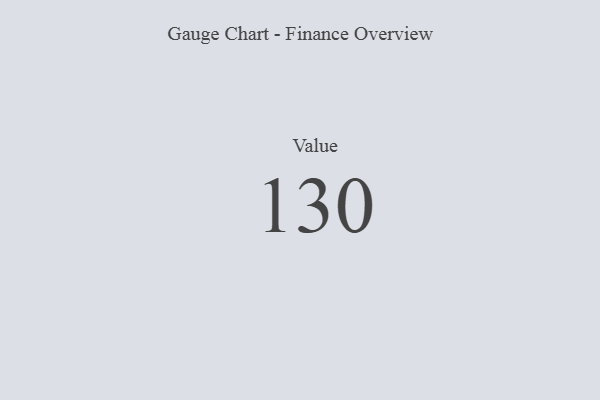
{"axis": {"x": "Metric", "y": "Value"}, "legend": [""], "data": [{"x": "Value", "y": 130, "type": ""}]}